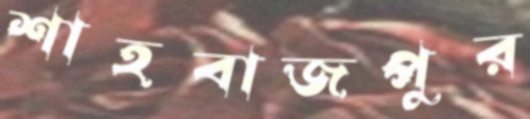
শাহবাজপুর